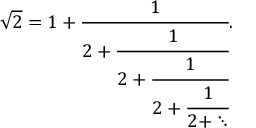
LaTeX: \! \ { \sqrt { 2 } } = 1 + { \cfrac { 1 } { 2 + { \cfrac { 1 } { 2 + { \cfrac { 1 } { 2 + { \cfrac { 1 } { 2 + \ddots } } } } } } } } .